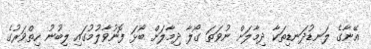
އޭނާގެ ލަނޑުދަނޑިތަކާ ދިމާލަށް ނުވަތަ ގޯލާ ދިމާލަށް ބޯޅަ ފޮނުވާލުމުގައި ލިބުނު ހިތްވަރުގެ